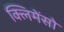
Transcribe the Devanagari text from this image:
क्लिमेंसो